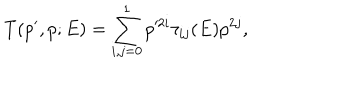
LaTeX: T ( p ^ { \prime } , p ; E ) = \sum _ { i , j = 0 } ^ { 1 } p ^ { 2 i } \tau _ { i j } ( E ) p ^ { 2 j } ,